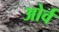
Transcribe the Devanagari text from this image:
ओर्व